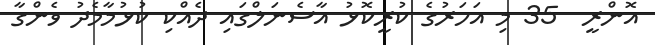
އޮންރީ  35 މި އަހަރުގެ ކުރީކޮޅު އާސެނަލްގައި ދެއްކި ކުޅުމާމެދު ވެންގާ